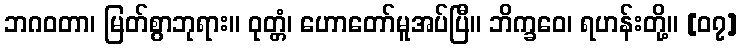
ဘဂဝတာ၊ မြတ်စွာဘုရား။ ဝုတ္တံ၊ ဟောတော်မူအပ်ပြီ။ ဘိက္ခဝေ၊ ရဟန်းတို့။ [၀၇]